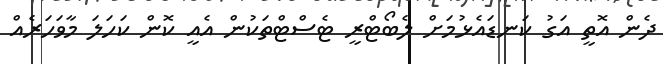
ދެން އޮތީ އަގު ކަނޑައެޅުމަށް ލެބޯޓްރީ ޓެސްޓްތަކުން އެއީ ކޮން ކަހަލަ މާވަހަރެއް